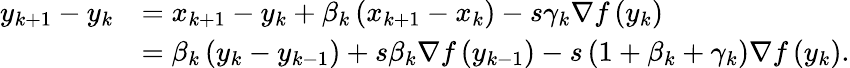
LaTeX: \begin{array}{rl}{y_{k+1}-y_{k}}&{=x_{k+1}-y_{k}+\beta_{k}\left(x_{k+1}-x_{k}\right)-s\gamma_{k}\nabla f\left(y_{k}\right)}\\ &{=\beta_{k}\left(y_{k}-y_{k-1}\right)+s\beta_{k}\nabla f\left(y_{k-1}\right)-s\left(1+\beta_{k}+\gamma_{k}\right)\nabla f\left(y_{k}\right).}\end{array}